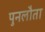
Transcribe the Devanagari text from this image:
पुनलौता